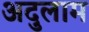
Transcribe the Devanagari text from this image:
अदुलाम